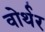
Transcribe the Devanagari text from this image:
वोर्थर